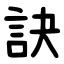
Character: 訣